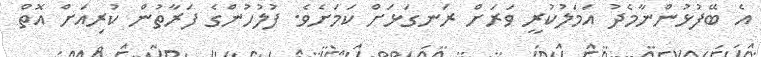
އެ ބޭފުޅުންނާމެދު އަމަލުކުރީ ވަރަށް ރަނގަޅަށް ކަމަށެވެ. ފުލުހުންގެ ފަރާތުން ކުރިއަށް އޮތް